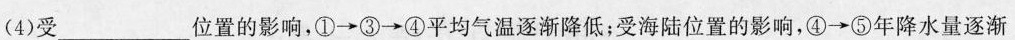
(4)受___位置的影响，①\rightarrow ③\rightarrow ④平均气温逐渐降低；受海陆位置的影响，④\rightarrow ⑤年降水量逐渐